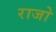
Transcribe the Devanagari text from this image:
राजो